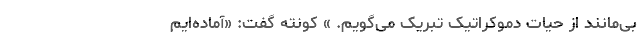
بی‌مانند از حیات دموکراتیک تبریک می‌گویم. » کونته گفت: «آماده‌ایم